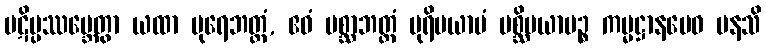
ပဋိပ္ပဿမ္ဘေတွာ ယထာ ပုရေဘတ္တံ, ဧဝံ ပစ္ဆာဘတ္တံ ပုရိမယာမံ ပစ္ဆိမယာမဉ္စ ကမ္မဋ္ဌာနမေဝ မနသိ